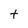
Character: t